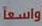
واسعا